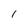
Character: I